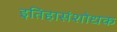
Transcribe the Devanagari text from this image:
इतिहासंशोधक